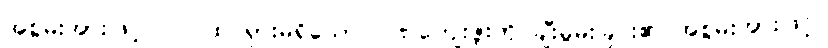
အစွမ်းအားဖြင့်။ ဝါ၊ ထင်ရှားမရှိသော ဂုဏ်ကျေးဇူးကို ချီးမွမ်းခြင်း၏ အစွမ်းအားဖြင့်။